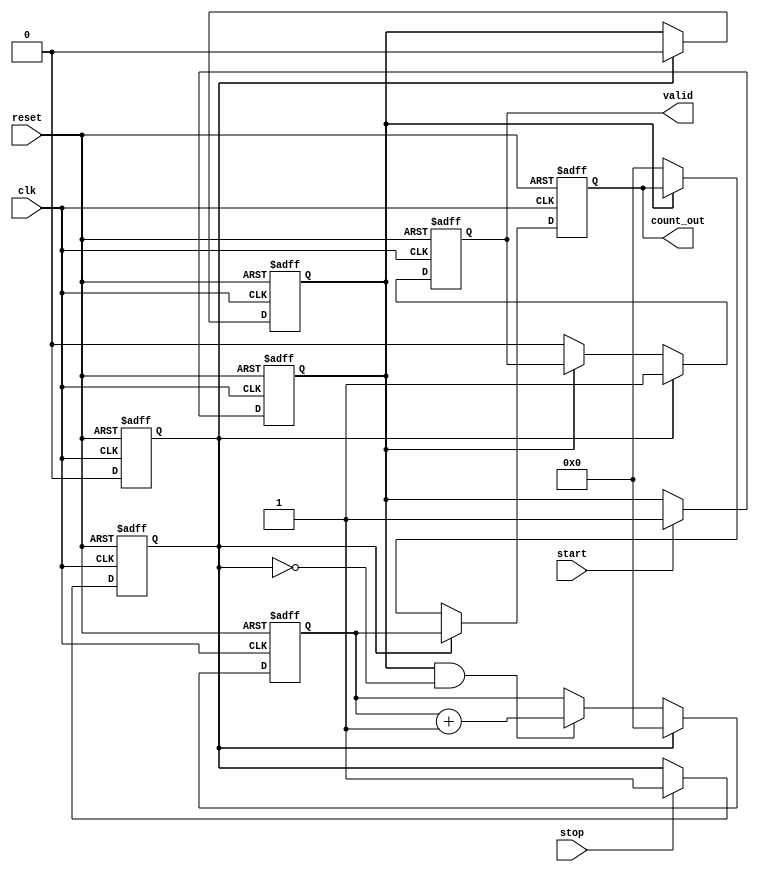
module TDC (
    input wire clk,                // Sampling clock
    input wire reset,              // Reset signal
    input wire start,              // Start signal
    input wire stop,               // Stop signal
    output reg [N-1:0] count_out,  // Counter output
    output reg valid               // Valid output signal
);

parameter N = 10;                  // Number of delay stages
parameter DELAY_STEP = 1;          // Delay step in clock cycles

reg [N-1:0] delay_line [0:N-1];    // Delay line array
reg [N-1:0] count;                 // Counter for clock cycles
reg start_detected;                // Flag for start detection
reg stop_detected;                 // Flag for stop detection
integer i;

// Initializing the delay line
initial begin
    for (i = 0; i < N; i = i + 1) begin
        delay_line[i] = 0; // Initialize all delay stages
    end
end

// Edge detection for start and stop signals
always @(posedge clk or posedge reset) begin
    if (reset) begin
        start_detected <= 0;
        stop_detected <= 0;
    end else begin
        if (start) begin
            start_detected <= 1; // Start detected
        end
        if (stop) begin
            stop_detected <= 1; // Stop detected
        end
    end
end

// Counter and delay line processing
always @(posedge clk or posedge reset) begin
    if (reset) begin
        count <= 0;
        count_out <= 0;
        valid <= 0;
        start_detected <= 0;
        stop_detected <= 0;
    end else begin
        if (start_detected && !stop_detected) begin
            // Start timing
            count <= count + 1; // Increment counter
            // Shift delay line
            for (i = 0; i < N-1; i = i + 1) begin
                delay_line[i] <= delay_line[i+1];
            end
            delay_line[N-1] <= 1; // Set last stage active
        end
        
        if (stop_detected) begin
            count_out <= count;  // Capture the count value
            valid <= 1;          // Indicate valid measurement
            count <= 0;          // Reset counter after stop
            start_detected <= 0; // Reset start detection
            stop_detected <= 0;  // Reset stop detection
        end else if (!start_detected) begin
            count_out <= 0;      // Reset output if not timing
            valid <= 0;          // Invalidate measurement if not active
        end
    end
end

endmodule